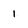
Character: 1